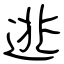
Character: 逃